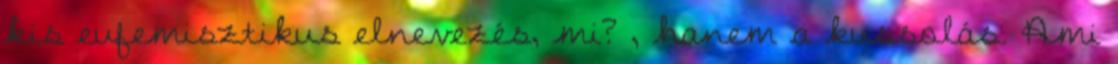
kis eufemisztikus elnevezés, mi? , hanem a kussolás. Ami